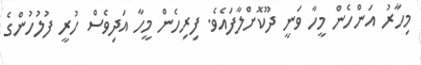
މިހާރު އަންހެން މީހާ ވަނީ ދޫކޮށްލާފައެވެ. ފިރިހެން މީހާ އަދިވެސް ހުރީ ފުލުހުންގެ